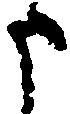
申